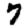
Digit: 7